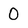
Character: 0